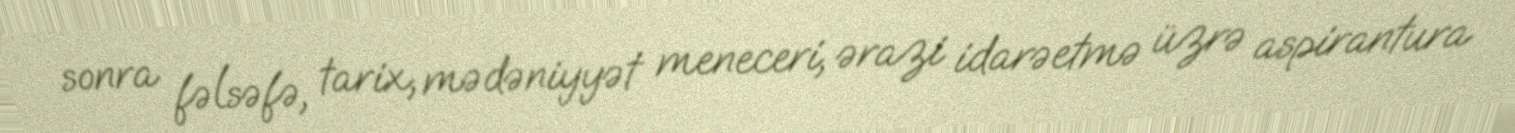
sonra fəlsəfə, tarix, mədəniyyət meneceri, ərazi idarəetmə üzrə aspirantura